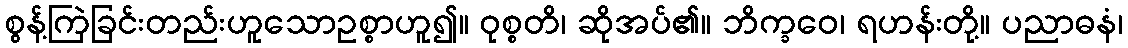
စွန့်ကြဲခြင်းတည်းဟူသောဥစ္စာဟူ၍။ ဝုစ္စတိ၊ ဆိုအပ်၏။ ဘိက္ခဝေ၊ ရဟန်းတို့။ ပညာဓနံ၊